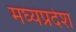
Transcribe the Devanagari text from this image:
मघ्‍यप्रदेश